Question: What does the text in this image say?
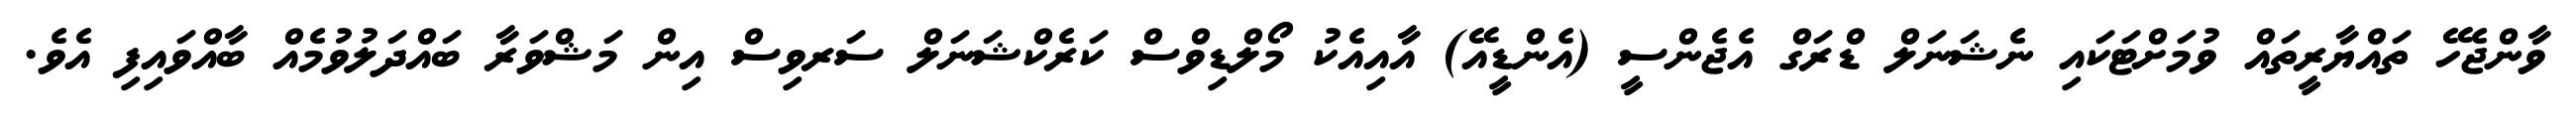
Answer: ވާންޖެހޭ ތައްޔާރީތައް ވުމަށްޓަކައި ނެޝަނަލް ޑްރަގް އެޖެންސީ (އެންޑީއޭ) އާއިއެކު މޯލްޑިވްސް ކަރެކްޝަނަލް ސަރވިސް އިން މަޝްވަރާ ބައްދަލުވުމެއް ބާއްވައިފި އެވެ.